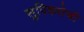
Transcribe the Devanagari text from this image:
सुपिकतेची